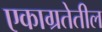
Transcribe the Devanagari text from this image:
एकाग्रतेतील